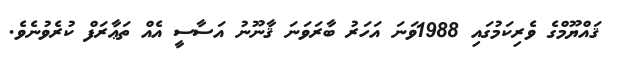
ޤައްޔޫމްގެ ވެރިކަމުގައި 1988ވަނަ އަހަރު ބާރަވަނަ ޤާނޫނު އަސާސީ އެއް ތަޢާރަފް ކުރެވުނެވެ.